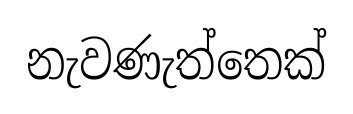
නැවණැත්තෙක්